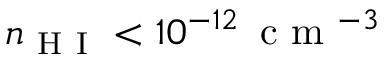
n _ { \mathrm { ~ H ~ I ~ } } < 1 0 ^ { - 1 2 } \, \mathrm { ~ c ~ m ~ } ^ { - 3 }